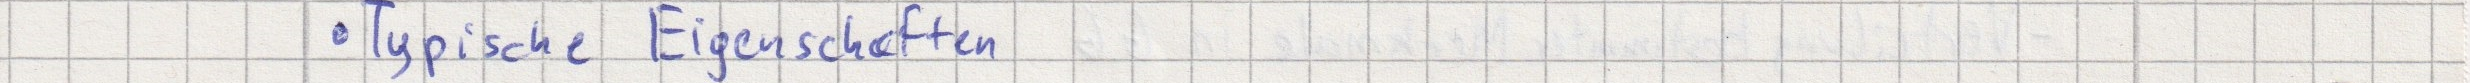
- Typische Eigenschaften